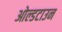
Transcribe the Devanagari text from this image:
ओल्डटाउन